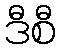
ဒီစီ